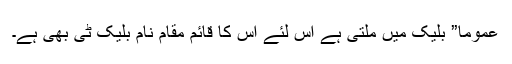
عموما” بلیک میں ملتی ہے اس لئے اس کا قائم مقام نام بلیک ٹی بھی ہے۔